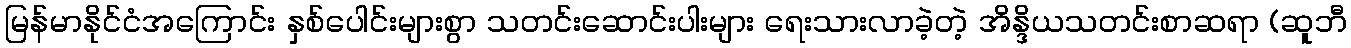
မြန်မာနိုင်ငံအကြောင်း နှစ်ပေါင်းများစွာ သတင်းဆောင်းပါးများ ရေးသားလာခဲ့တဲ့ အိန္ဒိယသတင်းစာဆရာ (ဆူဘီ